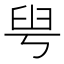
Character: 𦥚